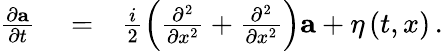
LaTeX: \begin{array}{rlr}{\frac{\partial\mathbf{a}}{\partial t}}&{{}=}&{\frac{i}{2}\left(\frac{\partial^{2}}{\partial x^{2}}+\frac{\partial^{2}}{\partial x^{2}}\right)\mathbf{a}+\mathbf{\eta}\left(t,x\right)\, .}\end{array}